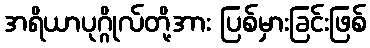
အရိယာပုဂ္ဂိုလ်တို့အား ပြစ်မှားခြင်းဖြစ်